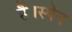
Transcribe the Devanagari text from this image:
हैं।स्पेन